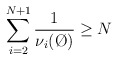
\begin{align*} \sum_{i=2}^{N+1} \frac{1}{\nu_i(\O)} \ge N \end{align*}